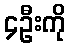
၄ဦးကို